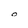
Character: O